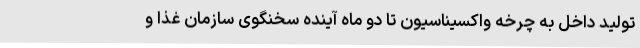
تولید داخل به چرخه واکسیناسیون تا دو ماه آینده سخنگوی سازمان غذا و